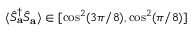
\langle \hat { S } _ { \mathbf { a } } ^ { \dagger } \hat { S } _ { \mathbf { a } } \rangle \in [ \cos ^ { 2 } ( 3 \pi / 8 ) , \cos ^ { 2 } ( \pi / 8 ) ]